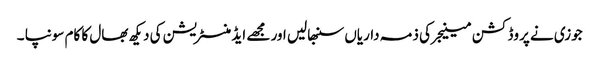
جوزی نے پروڈکشن مینیجر کی ذمہ داریاں سنبھالیں اور مجھے ایڈمنسٹریشن کی دیکھ بھال کا کام سونپا ۔